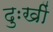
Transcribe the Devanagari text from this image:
दुःखीं